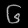
Digit: ၆